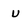
Character: u